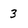
Character: 3